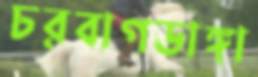
চরবাগডাঙ্গা